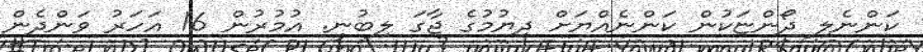
ކަންނެލި ދޯންޏަކުން ކަންނެއްޔަށް ދިޔުމުގެ ޖާގަ ލިބުނީ. އުމުރުން 16 އަހަރު ވަންދެން